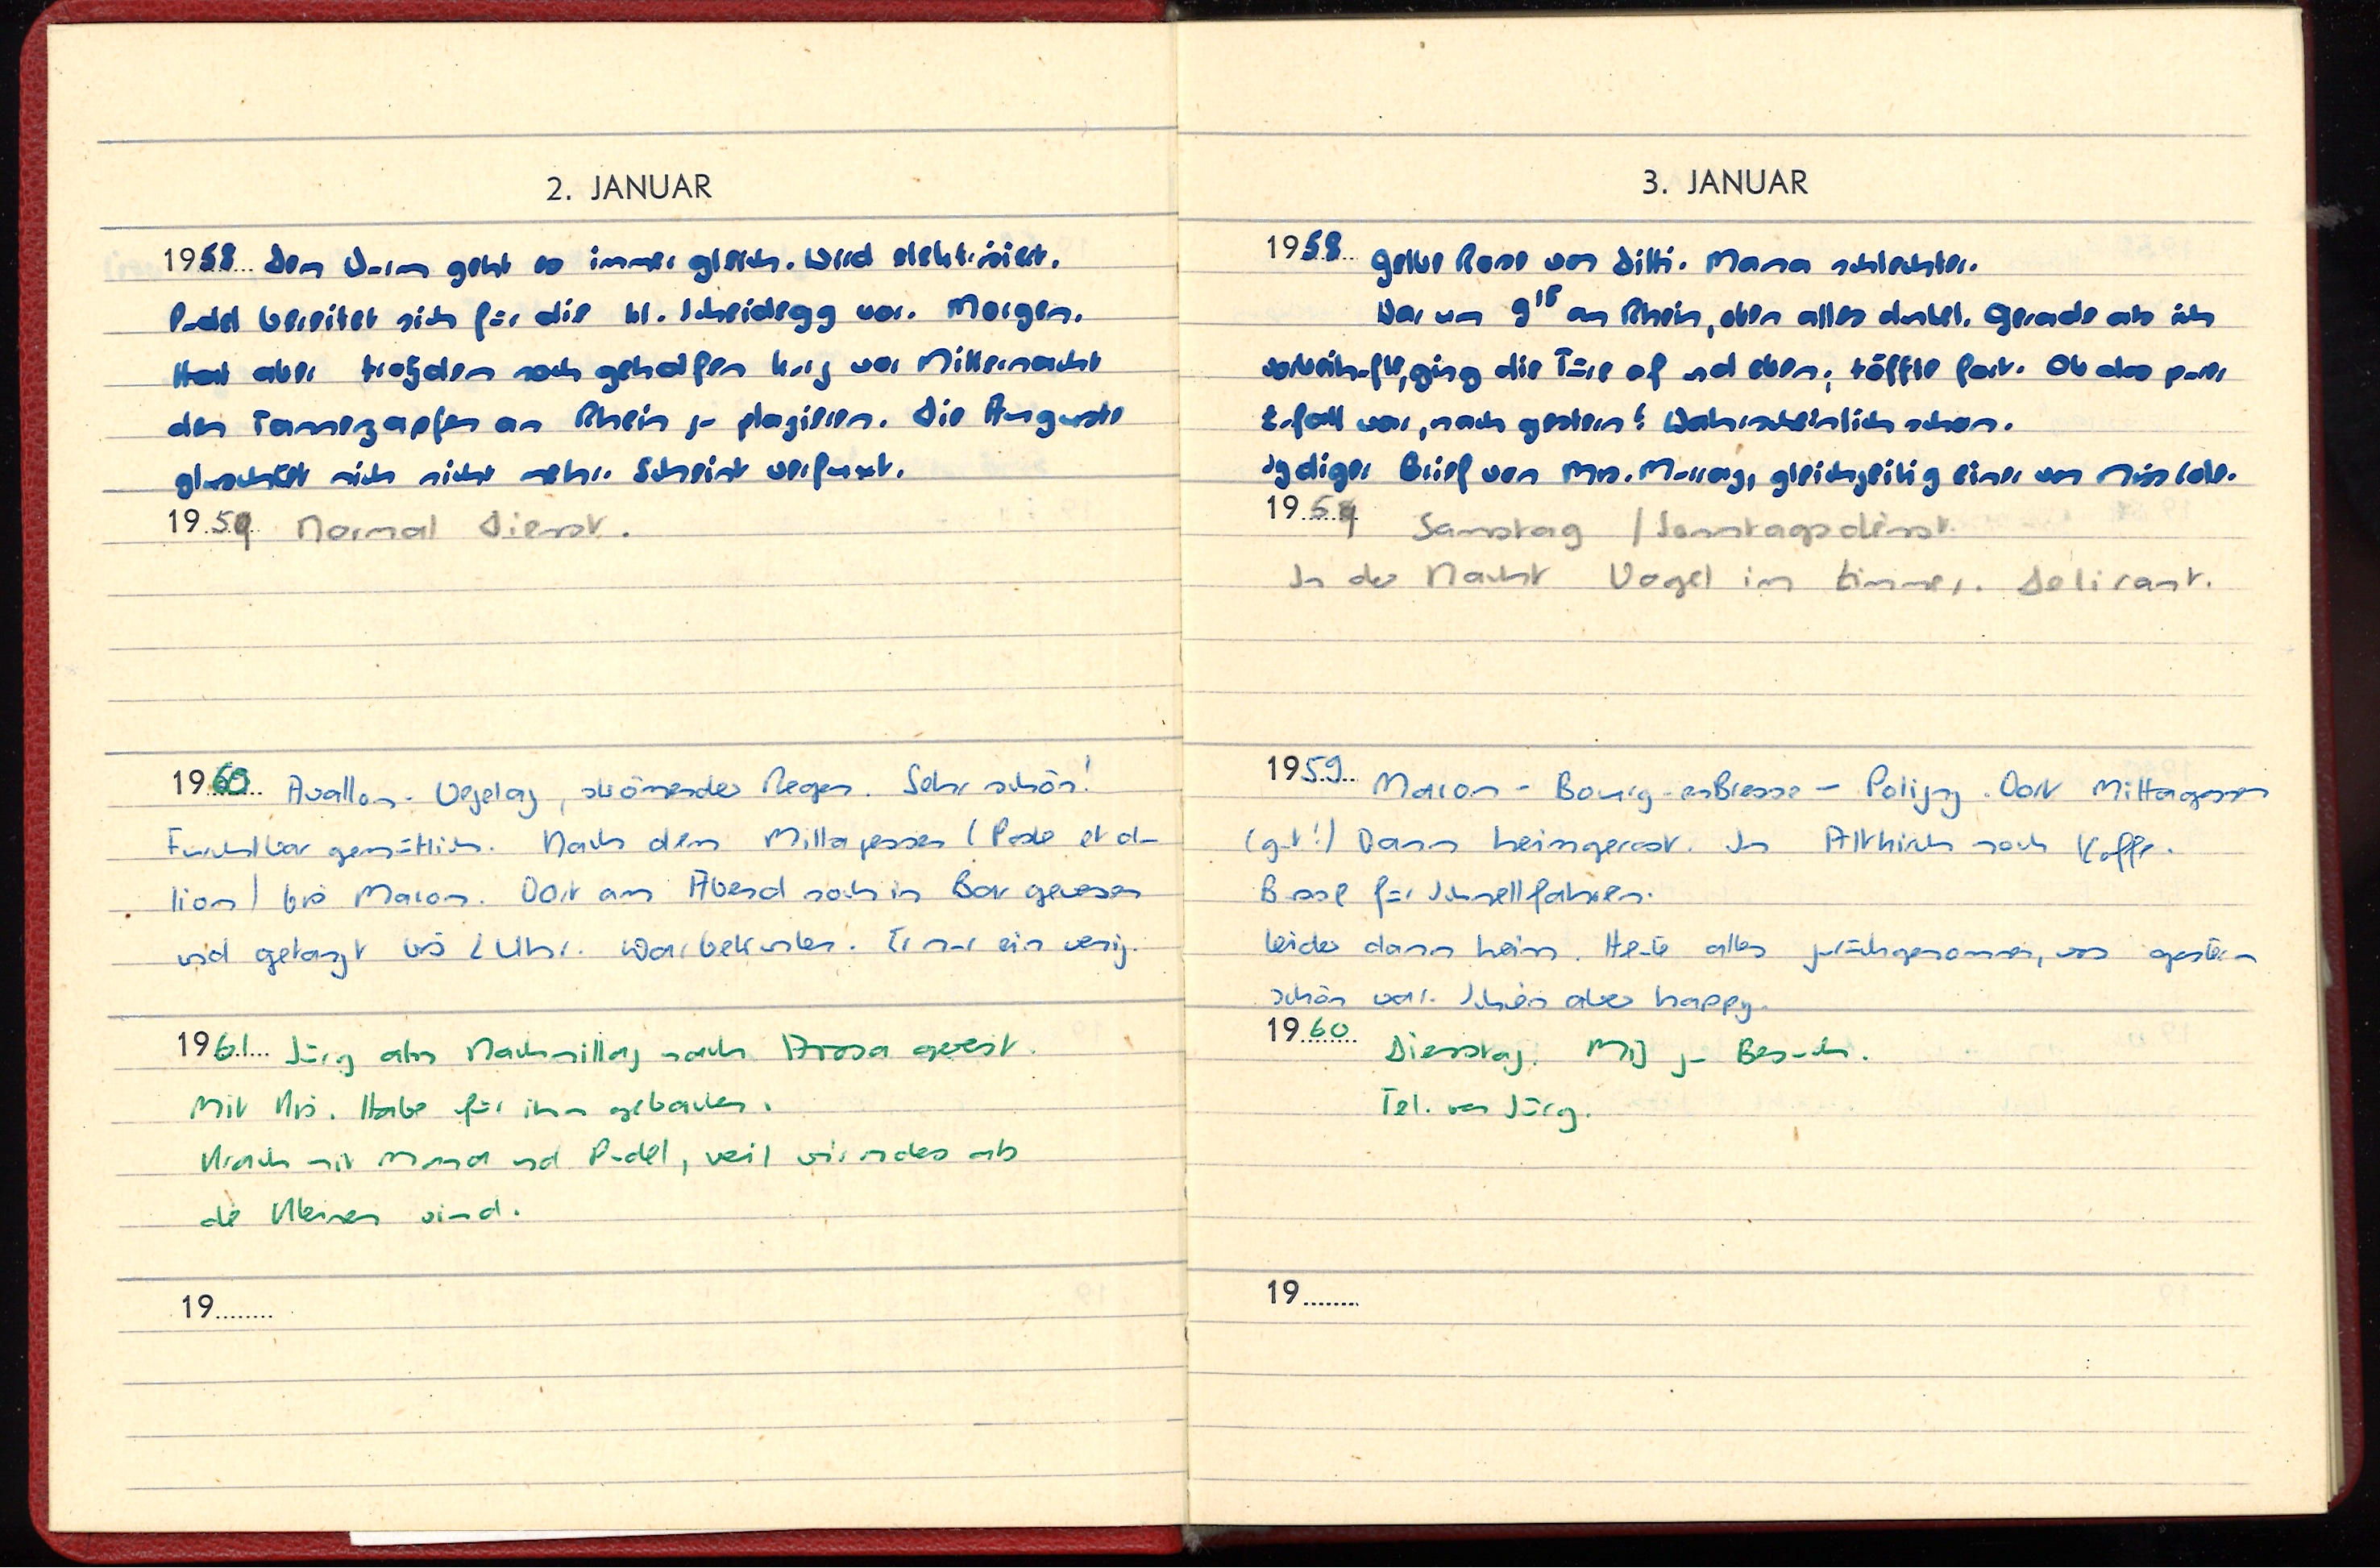
2. JANUAR
1958 Dem Wurm geht es immer gleich. Wird elektrisiert.
Pudel bereitet sich für die kl. Scheidegg vor. Morgen.
Hat aber trotzdem noch geholfen kurz vor Mitternacht
den Tannezapfen am Rhein zu plazieren. Die Auguste
gluschtet mich nicht mehr. Scheint verfnnt.
1959 Normal Dienst
1960 Avallon - Vezelay, strömender Regen. Sehr schön!
Furchtbar gemütlich. Nach dem Mittagessen (Poste et du
lion) bis Macon. Dort am Abend noch in Bar gewesen
und getanzt bis 2 Uhr. War betrunken. Er nur ein wenig.
1961 Jürg am Nachmittag nach Arosa gereist.
Mit Ks. Habe für ihn gebacken.
Krach mit Mama und Pudel, weil wir ndes ab
die Kleinen sind.
19

3. JANUAR
1958 gelbe Rose von Ditti. Mama schlechter.
War um 915 am Rhein, aber alles dunkel. Gerade als ich
vorbeiholte, ging die Türe of und eben; töffte fast. Ob das purer
Zufall war, nach gestern? Wahrscheinlich schon.
Igdiger Brief von Mrs. Mollag, gleichzeitig einer von Miss Lola.
1954 Samstag / Sonntagsdienst
In der Nacht Vogel im Zimmer. Delirant.
1959 Macon - Bourg-enBresse - Poligny. Dort Mittagessen
(gut!) Dann heimgerast. In Altkirch noch Kaffe.
Busse für Schnellfahren.
Leider dann heim. Heute alles zurückgenommen, was gestern
schön war. Schön aber happy.
1960 Diesskaj. Mit zu Besuch.
Tel. von Jürg.
19